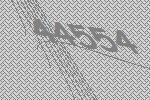
44554